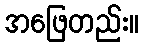
အဖြေတည်း။